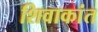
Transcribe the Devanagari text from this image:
शिवाकांत